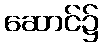
ဆောင်၌